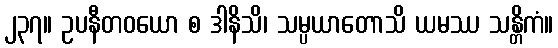
၂၃၇။ ဥပနီတဝယော စ ဒါနိသိ၊ သမ္ပယာတောသိ ယမဿ သန္တိကံ။